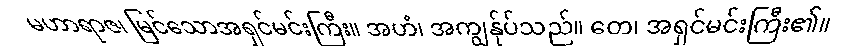
မဟာရာဇ၊ မြင်သောအရှင်မင်းကြီး။ အဟံ၊ အကျွန်ုပ်သည်။ တေ၊ အရှင်မင်းကြီး၏။